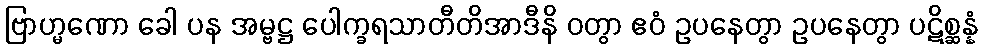
ဗြာဟ္မဏော ခေါ ပန အမ္ဗဋ္ဌ ပေါက္ခရသာတီတိအာဒီနိ ဝတွာ ဧဝံ ဥပနေတွာ ဥပနေတွာ ပဋိစ္ဆန္နံ